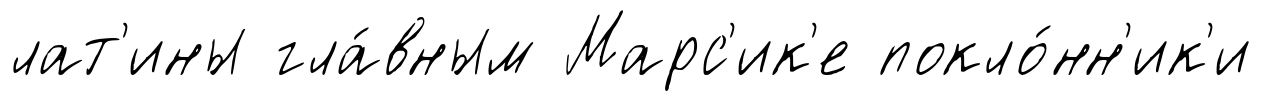
лат'ины гла́вным Марс'ик'е покло́нн'ик'и